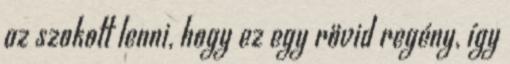
az szokott lenni, hogy ez egy rövid regény, így